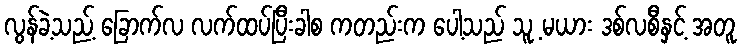
လွန်ခဲ့သည့် ခြောက်လ လက်ထပ်ပြီးခါစ ကတည်းက ပေါ့သည် သူ့ မယား ဒစ်လစီနှင့် အတူ